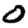
Digit: 0